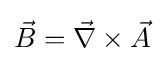
{\vec {B}}={\vec {\nabla }}\times {\vec {A}}